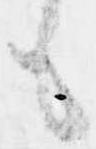
も